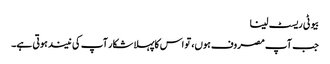
بیوٹی ریسٹ لینا
جب آپ مصروف ہوں، تو اس کاپہلا شکار آپ کی نیند ہوتی ہے۔